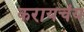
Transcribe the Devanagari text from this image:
करायचंय